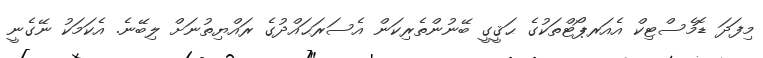
މިފަދަ ޑޮމެސްޓިކް އެއަރޕޯޓްތަކުގެ ޙަޤީގީ ބޭނުންތެރިކަން އެސަރަޙައްދުގެ ރައްޔިތުނަށް ލިބޭނެ. އެކަމަކު ނޭގެނީ